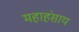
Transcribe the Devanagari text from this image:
महाहंसाय